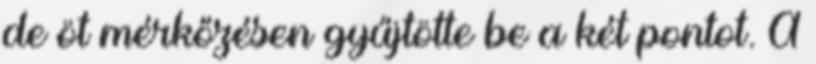
de öt mérkőzésen gyűjtötte be a két pontot. A